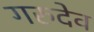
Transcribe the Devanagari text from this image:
गरुदेव